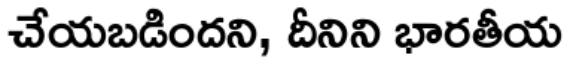
చేయబడిందని, దీనిని భారతీయ